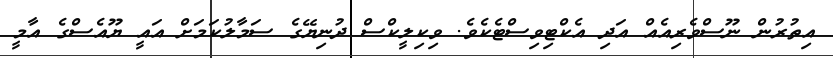
އިތުރުން ނޫސްވެރިއެެއް އަދި އެކްޓިވިސްޓެކެވެ. ވިކިލީކްސް ދުނިޔޭގެ ސަމާލުކަމަށް އައީ ޔޫއެސްގެ އާމީ